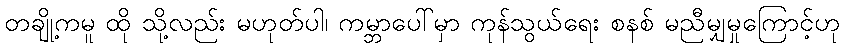
တချို့ကမူ ထို သို့လည်း မဟုတ်ပါ၊ ကမ္ဘာပေါ်မှာ ကုန်သွယ်ရေး စနစ် မညီမျှမှုကြောင့်ဟု